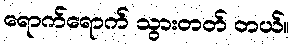
ရောက်ရောက် သွားတတ် တယ်။